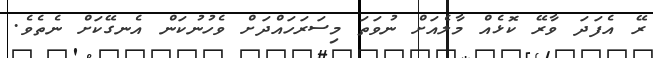
ރޭ އެފަދަ ވާރޭ ކޮޅެއް މާލެއަށް ނުވަތަ މިސަރަހައްދަށް ވެހުނުކަން އެނގޭކަށް ނެތެވެ.